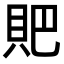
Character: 𧵅